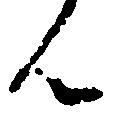
ん